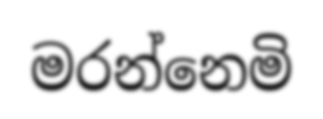
මරන්නෙමි